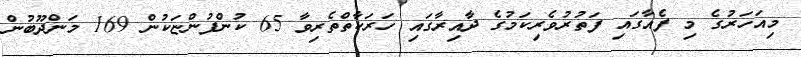
މިއަހަރުގެ މި ފެއާގައި ފަތުރުވެރިކަމުގެ ދާއިރާގައި ހަރަކާތްތެރިވާ 65 ކުންފުންޏަކުން 169 މަންދޫބުން